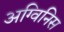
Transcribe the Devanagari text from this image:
अग्विनिस